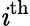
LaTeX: \mathit{i}^{\mathrm{{th}}}